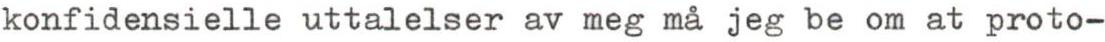
konfidensielle uttalelser av meg må jeg be om at proto-